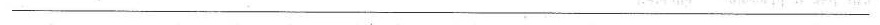
___